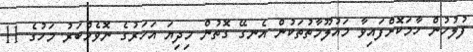
ފުލުހުން ހާމަކޮށްފައިވާ މައުލޫމާތުތަކުން އެނގޭ ގޮތުން މިދިޔަ އަހަރުގެ ނޮވެމްބަރު މަހުގެ 11